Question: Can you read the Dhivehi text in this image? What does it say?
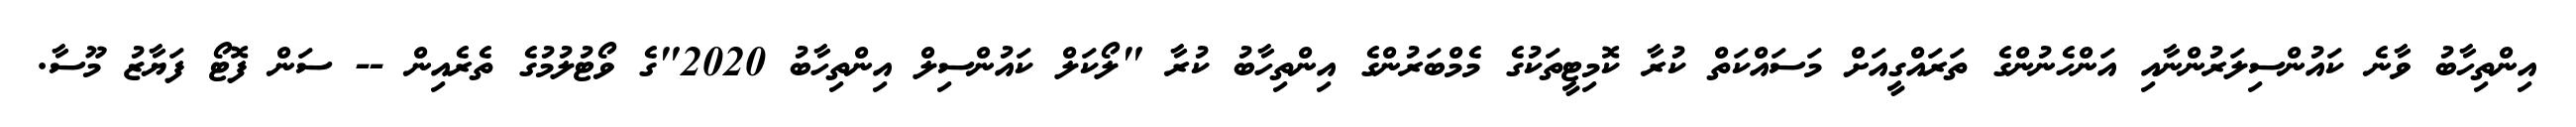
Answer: އިންތިހާބު ވާނެ ކައުންސިލަރުންނާއި އަންހެނުންގެ ތަރައްގީއަށް މަސައްކަތް ކުރާ ކޮމިޓީތަކުގެ މެމްބަރުންގެ އިންތިހާބު ކުރާ "ލޯކަލް ކައުންސިލް އިންތިހާބު 2020"ގެ ވޯޓުލުމުގެ ތެރެއިން -- ސަން ފޮޓޯ ފަޔާޒު މޫސާ.